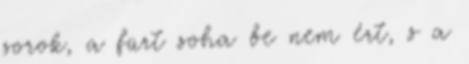
sorok, a fürt soha be nem ért, s a